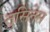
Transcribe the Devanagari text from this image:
तुसितेस